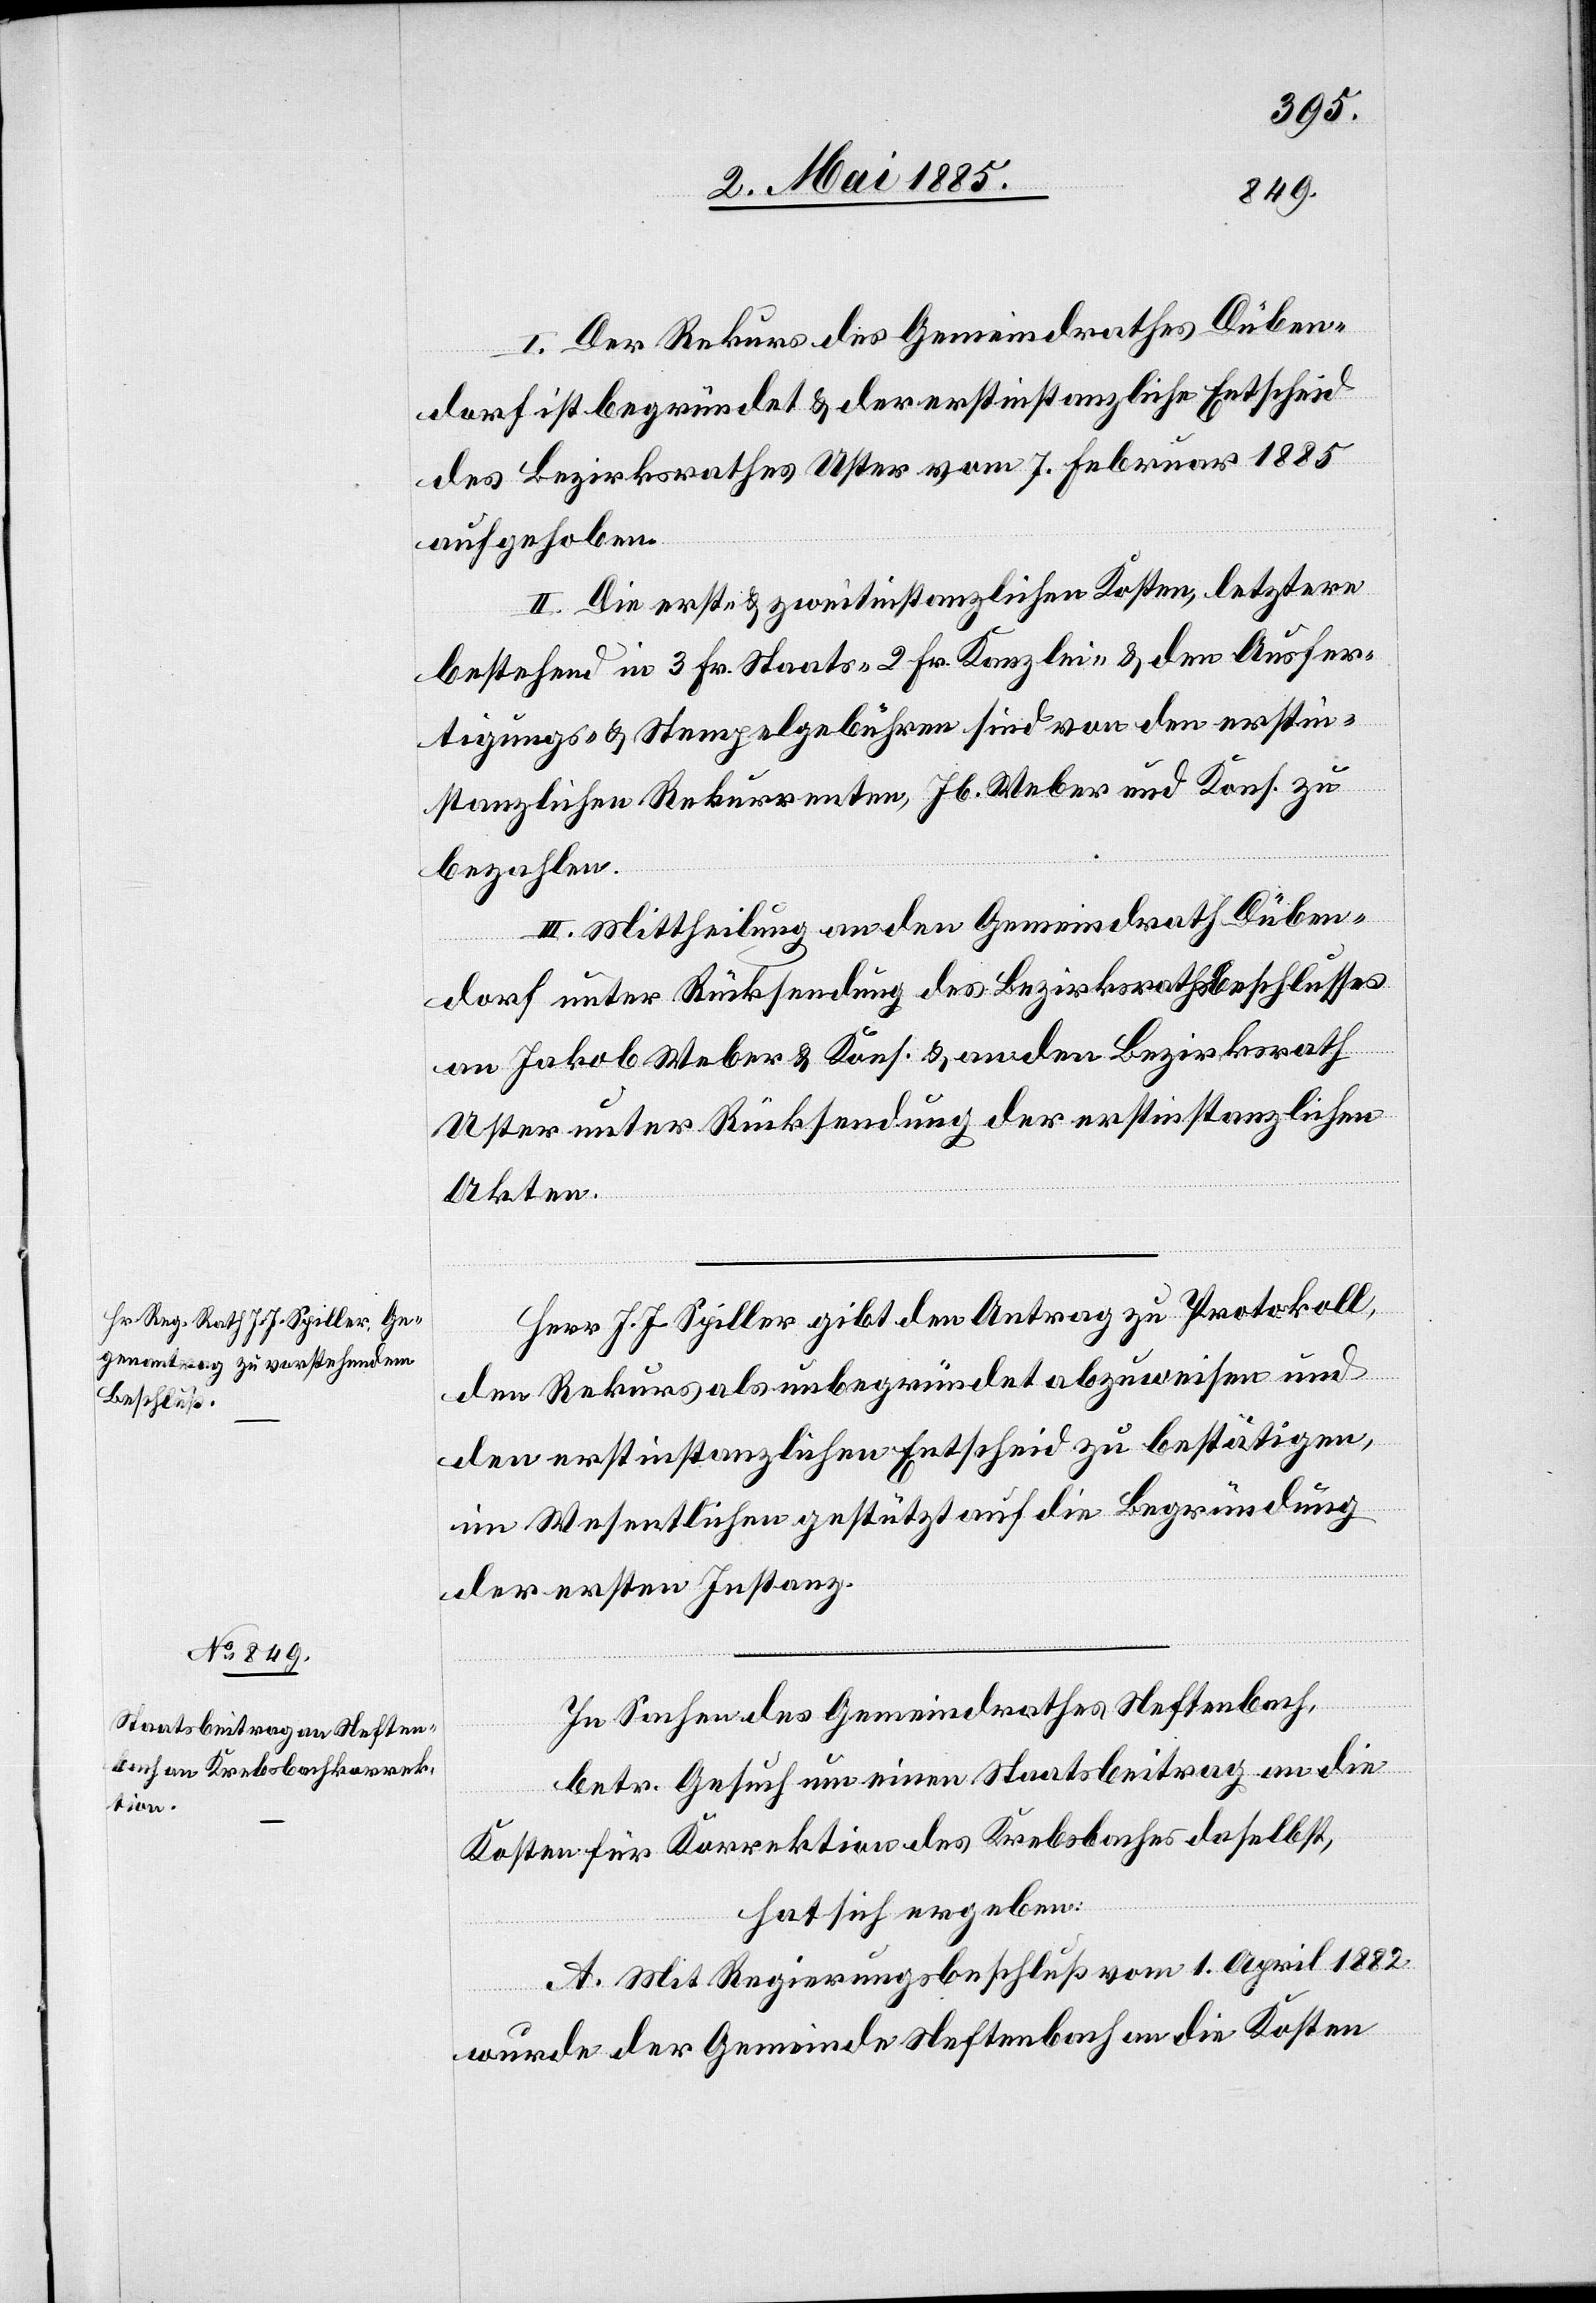
I. Der Rekurs des Gemeindrathes Düben¬
dorf ist begründet & der erstinstanzliche Entscheid
des Bezirksrathes Uster vom 7. Februar 1885
aufgehoben.
II. Die erst- & zweitinstanzlichen Kosten, letztere
bestehend in 3 Fr. Staats-[,] 2 Fr. Kanzlei- & den Ausfer¬
tigungs- & Stempelgebühren sind von den erstin¬
stanzlichen Rekurrenten, Jb. Weber und Kons. zu
bezahlen.
III. Mittheilung an den Gemeindrath Düben¬
dorf unter Rücksendung des Bezirksrathsbeschlusses
an Jakob Weber & Kons. & an den Bezirksrath
Uster unter Rücksendung der erstinstanzlichen
Akten.
Herr J. J. Spiller gibt den Antrag zu Protokoll,
den Rekurs als unbegründet abzuweisen und
den erstinstanzlichen Entscheid zu bestätigen,
im Wesentlichen gestützt auf die Begründung
der ersten Instanz.
In Sachen des Gemeindrathes Neftenbach,
betr. Gesuch um einen Staatsbeitrag an die
Kosten für Korrektion des Krebsbachs daselbst,
hat sich ergeben:
A. Mit Regierungsbeschluß vom 1. April 1882
wurde der Gemeinde Neftenbach an die Kosten